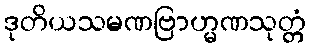
ဒုတိယသမဏဗြာဟ္မဏသုတ္တံ